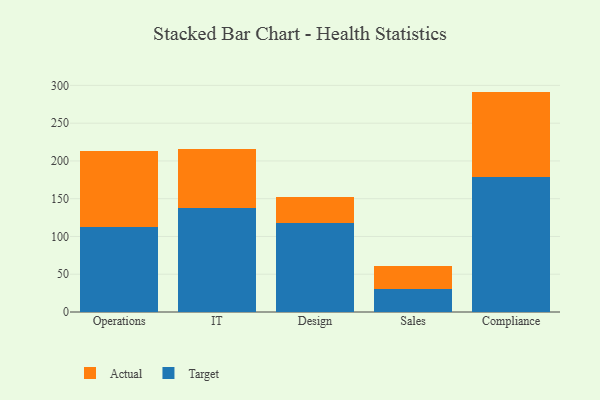
{"axis": {"x": "Department", "y": "Backlog"}, "legend": ["Actual", "Target"], "data": [{"x": "Operations", "y": 111.9, "type": "Target"}, {"x": "Operations", "y": 101.2, "type": "Actual"}, {"x": "IT", "y": 137.9, "type": "Target"}, {"x": "IT", "y": 78.4, "type": "Actual"}, {"x": "Design", "y": 118.2, "type": "Target"}, {"x": "Design", "y": 34.5, "type": "Actual"}, {"x": "Sales", "y": 29.9, "type": "Target"}, {"x": "Sales", "y": 30.8, "type": "Actual"}, {"x": "Compliance", "y": 178.7, "type": "Target"}, {"x": "Compliance", "y": 113.1, "type": "Actual"}]}